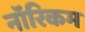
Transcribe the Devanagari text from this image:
नॉरिकम